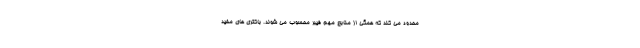
محدود می کند که همگی از منابع مهم فیبر محسوب می شوند. باکتری های مفید